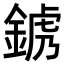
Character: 𨨍